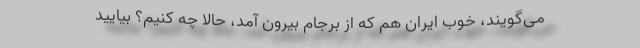
می‌گویند، خوب ایران هم که از برجام بیرون آمد، حالا چه کنیم؟ بیایید